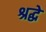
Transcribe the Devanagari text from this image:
श्रद्धे